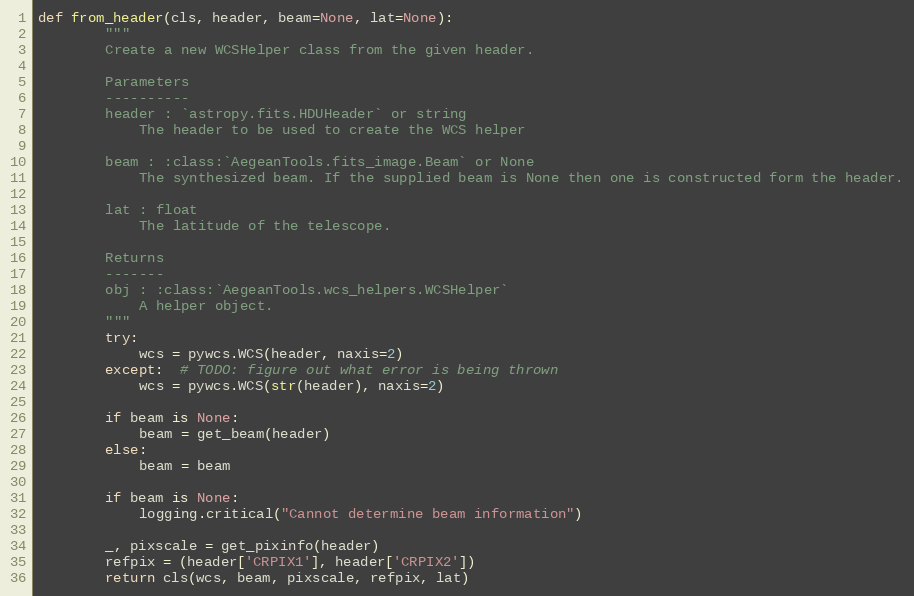
Language: Python
def from_header(cls, header, beam=None, lat=None):
        """
        Create a new WCSHelper class from the given header.

        Parameters
        ----------
        header : `astropy.fits.HDUHeader` or string
            The header to be used to create the WCS helper

        beam : :class:`AegeanTools.fits_image.Beam` or None
            The synthesized beam. If the supplied beam is None then one is constructed form the header.

        lat : float
            The latitude of the telescope.

        Returns
        -------
        obj : :class:`AegeanTools.wcs_helpers.WCSHelper`
            A helper object.
        """
        try:
            wcs = pywcs.WCS(header, naxis=2)
        except:  # TODO: figure out what error is being thrown
            wcs = pywcs.WCS(str(header), naxis=2)

        if beam is None:
            beam = get_beam(header)
        else:
            beam = beam

        if beam is None:
            logging.critical("Cannot determine beam information")

        _, pixscale = get_pixinfo(header)
        refpix = (header['CRPIX1'], header['CRPIX2'])
        return cls(wcs, beam, pixscale, refpix, lat)